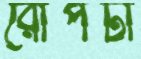
রোপটা